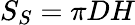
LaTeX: S_{S}=\pi DH